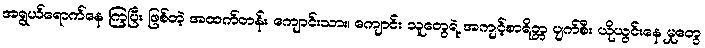
အရွယ်ရောက်နေ ကြပြီး ဖြစ်တဲ့ အထက်တန်း ကျောင်းသား၊ ကျောင်း သူတွေရဲ့ အကျင့်စာရိတ္တ ပျက်စီး ယိုယွင်းနေ မှုတွေ